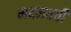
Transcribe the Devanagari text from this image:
मदनवती